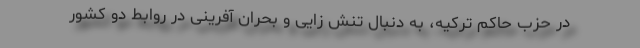
در حزب حاکم ترکیه، به دنبال تنش زایی و بحران آفرینی در روابط دو کشور